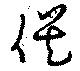
俁